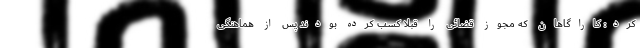
کرد: کاراگاهان که مجوز قضائی را قبلا کسب کرده بودند پس از هماهنگی